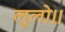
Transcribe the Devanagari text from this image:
लूलो।।